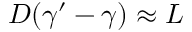
D ( \gamma ^ { \prime } - \gamma ) \approx L